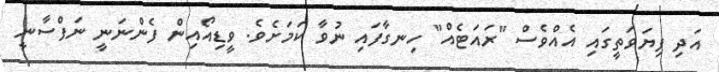
އަދި ފިޔަވަތީގައި އެއްވެސް "ރައަޓެއް" ހިނގާފައި ނުވާ ކަމަށެވެ. ވީޑިއޯއިން ފެންނަނީ ނަފްސާނީ